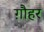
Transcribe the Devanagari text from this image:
ग़ौहर